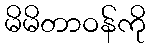
မိမိတာဝန်ကို